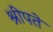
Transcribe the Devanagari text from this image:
श्रीपते